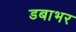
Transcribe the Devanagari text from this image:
डबाभर